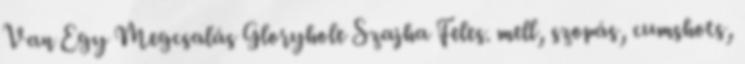
Van Egy Megcsalás Gloryhole Szajha Feles. mell, szopás, cumshots,